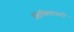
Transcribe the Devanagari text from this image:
शिथिलाचारी